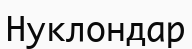
Нуклондар